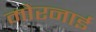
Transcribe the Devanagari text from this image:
मोरनाई